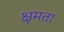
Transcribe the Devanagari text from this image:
क्षमता